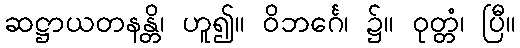
ဆဋ္ဌာယတနန္တိ၊ ဟူ၍။ ဝိဘင်္ဂေ၊ ၌။ ဝုတ္တံ၊ ပြီ။